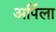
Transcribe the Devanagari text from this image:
अर्पिला